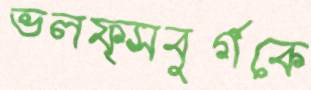
ভলফ্সবুর্গকে